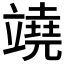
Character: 𥪯